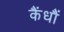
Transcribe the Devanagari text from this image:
कैंधौं